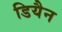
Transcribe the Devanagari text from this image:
डियैन